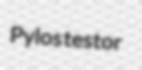
Pylos testor